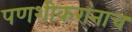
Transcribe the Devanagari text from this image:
पणशीकरांनाच